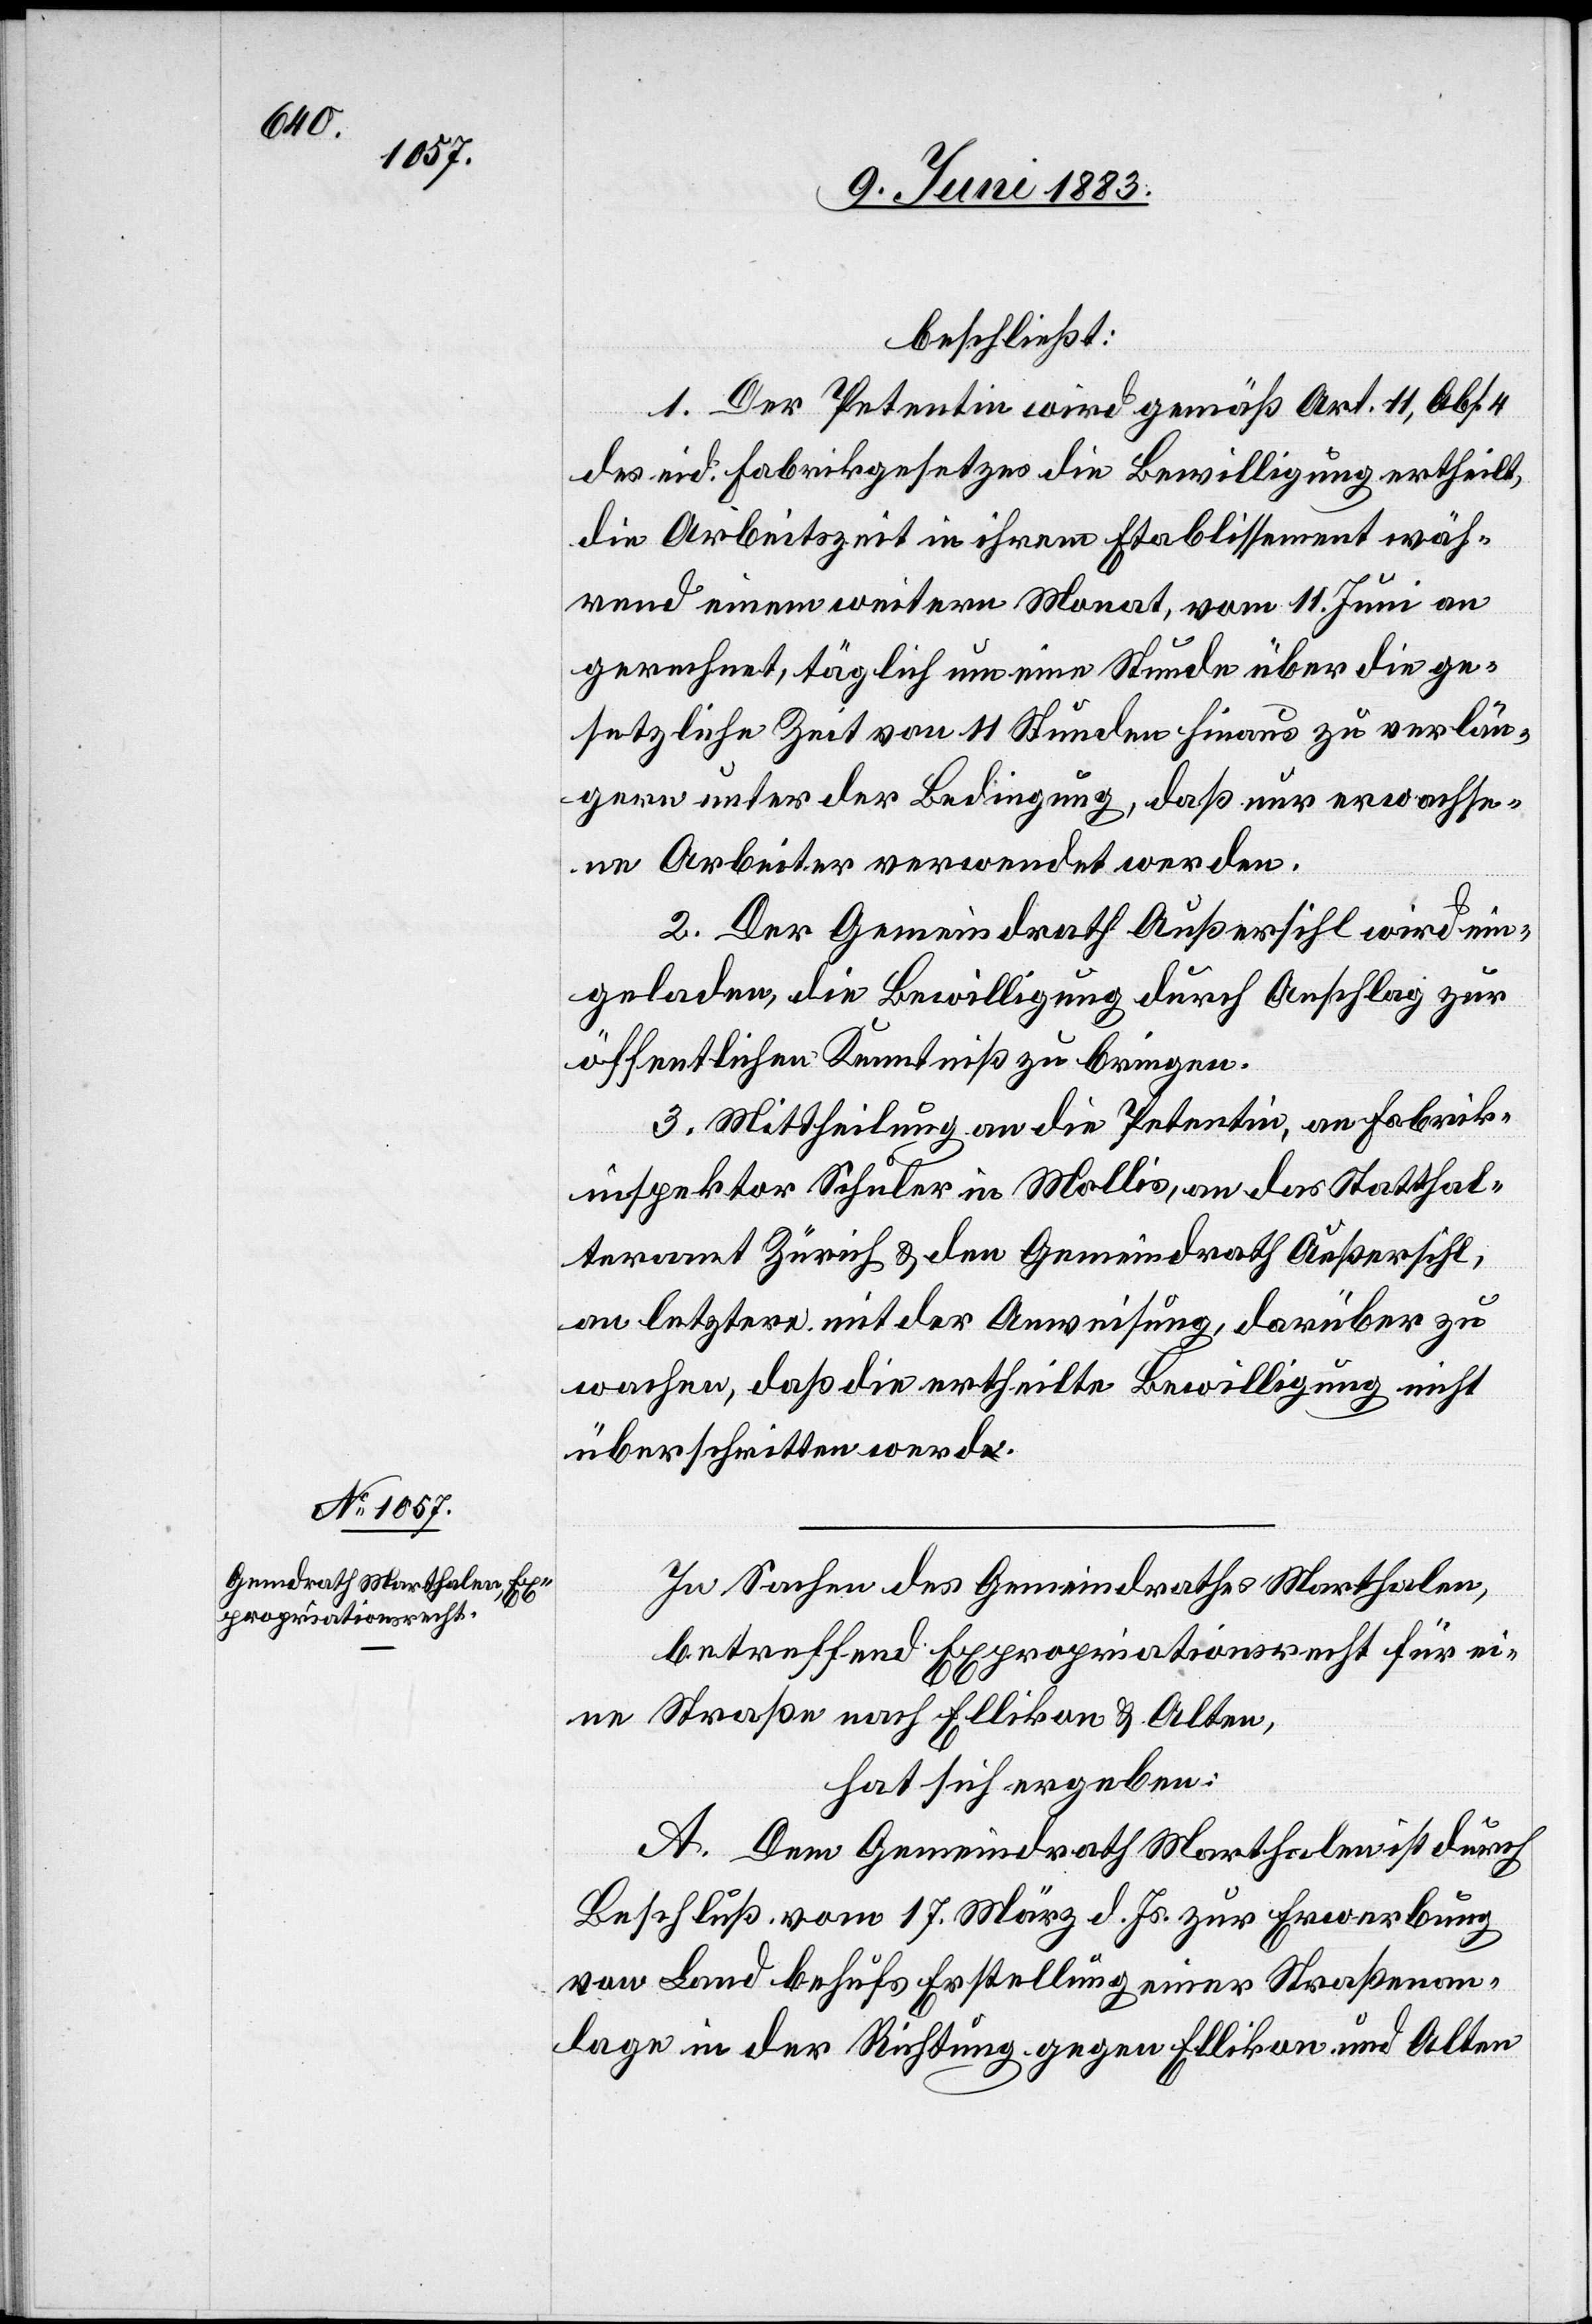
beschließt:
1. Der Petentin wird gemäß Art. 11, Abs.
des eid. Fabrikgesetzes die Bewilligung ertheilt,
die Arbeitszeit in ihrem Etablissement wäh¬
rend einem weitern Monat, vom 11. Juni an
gerechnet, täglich um eine Stunde über die ge¬
setzliche Zeit von 11 Stunden hinaus zu verlän¬
gern unter der Bedingung, daß nur erwachse¬
ne Arbeiter verwendet werden.
2. Der Gemeindrath Außersihl wird ein¬
geladen, die Bewilligung durch Anschlag zur
öffentlichen Kenntniß zu bringen.
3. Mittheilung an die Petentin, an Fabrik¬
inspektor Schuler in Mollis, an das Statthal¬
teramt Zürich & den Gemeindrath Außersihl,
an letztere mit der Anweisung, darüber zu
wachen, daß die erhteilte Bewilligung nicht
überschritten werde.
In Sachen des Gemeindrathes Marthalen,
betreffend Expropriationsrecht für ei¬
ne Straße nach Ellikon & Alten,
hat sich ergeben:
A. Dem Gemeindrath Marthalen ist durch
Beschluß vom 17. März d. Js. zur Erwerbung
von Land behufs Erstellung einer Straßenan¬
lage in der Richtung gegen Ellikon und Alten